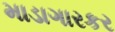
માડાગારકર